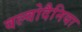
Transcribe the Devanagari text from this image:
वल्वोदैनिया